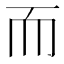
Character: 而